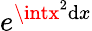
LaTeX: e^{\intx^{2}\mathrm{d}x}